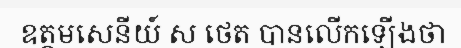
ឧត្តមសេនីយ៍ ស ថេត បានលើកឡើងថា